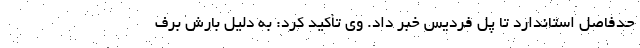
حدفاصل استاندارد تا پل فردیس خبر داد. وی تأکید کرد: به دلیل بارش برف